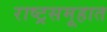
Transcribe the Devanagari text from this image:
राष्ट्रसमूहात